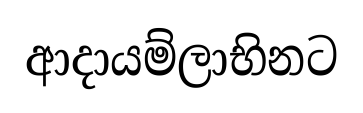
ආදායම්ලාභිනට